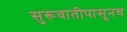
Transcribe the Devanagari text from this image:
सुरूवातीपासूनच